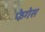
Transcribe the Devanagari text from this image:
फेगेस